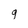
Character: g